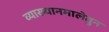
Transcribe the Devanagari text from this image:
व्याख्यानमालेतुन